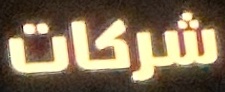
شركات